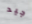
جيد